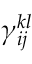
{ \gamma } _ { i j } ^ { k l }